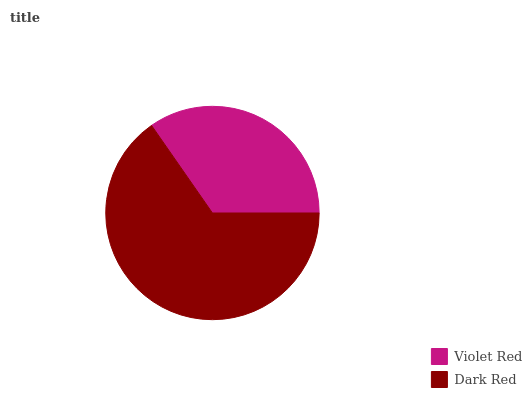
| Violet Red | Dark Red |
 | --- | --- |
 | 34.7% | 65.3% |